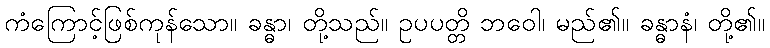
ကံကြောင့်ဖြစ်ကုန်သော။ ခန္ဓာ၊ တို့သည်။ ဥပပတ္တိ ဘဝေါ၊ မည်၏။ ခန္ဓာနံ၊ တို့၏။